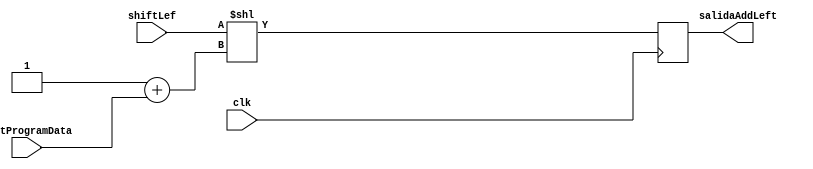
module addLeft (clk,contProgramData,shiftLef,salidaAddLeft);
input clk;
input [7:0] contProgramData;
input [63:0] shiftLef;
output [71:0] salidaAddLeft;
reg  [71:0] salidaAddLeft;
parameter B= 1;

always @(posedge clk)
    salidaAddLeft = shiftLef << B  + contProgramData;
endmodule



//contProgramData

//salidaAddLeft